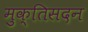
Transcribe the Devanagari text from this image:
मुक्तिसदन